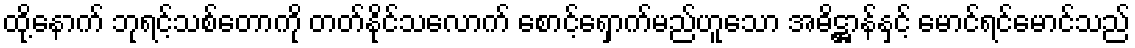
ထို့နောက် ဘုရင့်သစ်တောကို တတ်နိုင်သလောက် စောင့်ရှောက်မည်ဟူသော အဓိဋ္ဌာန်နှင့် မောင်ရင်မောင်သည်